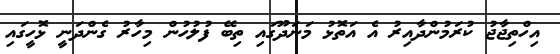
އިހްތިޖާޖު ކުރަމުންދާއިރު އެ އަތޮޅު މަނަދޫގައި ތިބޭ ފުލުހުން މިހާރު ގެންދަނީ ޅޮހީގައި